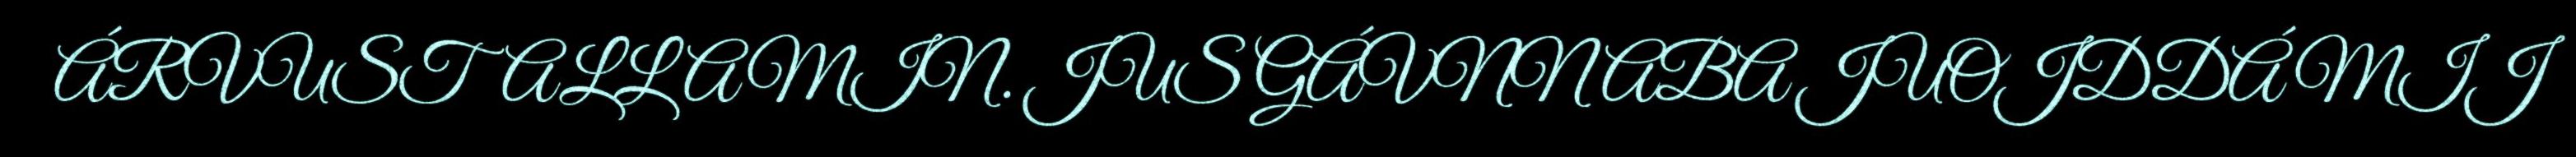
ÁRVUSTALLAMIN. JUS GÁVNNABA JUOJDDÁ MIJ